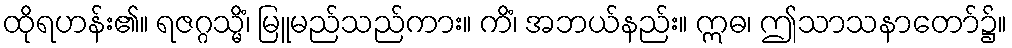
ထိုရဟန်း၏။ ရဇဂ္ဂသ္မိံ၊ မြူမည်သည်ကား။ ကိံ၊ အဘယ်နည်း။ ဣဓ၊ ဤသာသနာတော်၌။